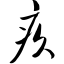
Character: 疚